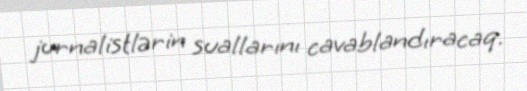
jurnalistlərin suallarını cavablandıracaq.